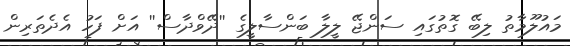
މައުލޫމާތު ލިބޭ ގޮތުގައި ސަންޖޭ ލީލާ ބަންސާލީގެ ''ދޭވްދާސް'' އަށް ފަހު އެދެތަރިން